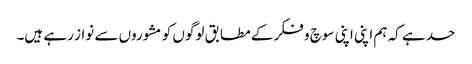
حد ہے کہ ہم اپنی اپنی سوچ و فکر کے مطابق لوگوں کو مشوروں سے نواز رہے ہیں۔